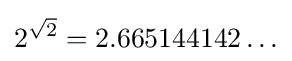
2^{\sqrt {2}}=2.665144142\ldots